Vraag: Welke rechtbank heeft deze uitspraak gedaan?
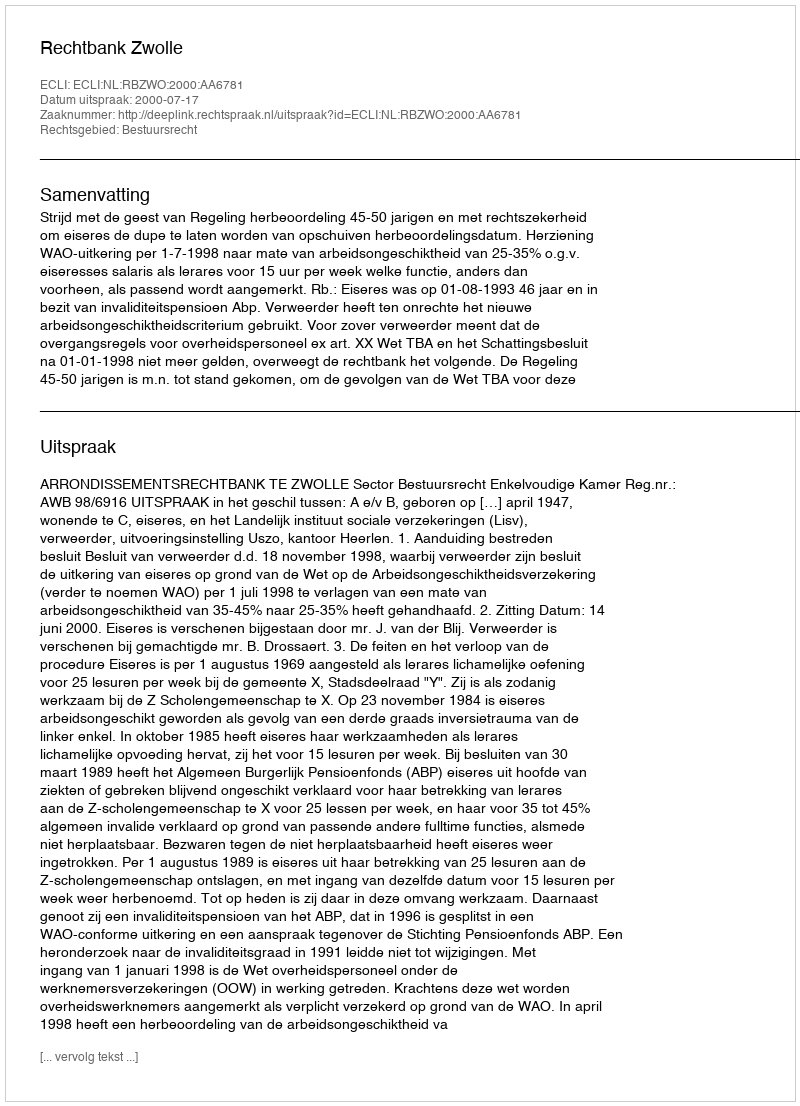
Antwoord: Rechtbank Zwolle